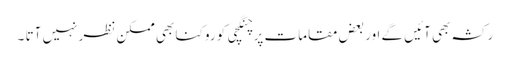
رکشہ بھی آئیں گے اور بعض مقامات پر چنگچی کو روکنا بھی ممکن نظر نہیں آتا ۔